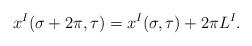
LaTeX: \begin{align*}x^{I}(\sigma + 2 \pi , \tau) = x^{I}(\sigma, \tau) + 2 \pi L^{I}.\end{align*}